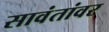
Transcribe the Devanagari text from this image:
सावंतांवर